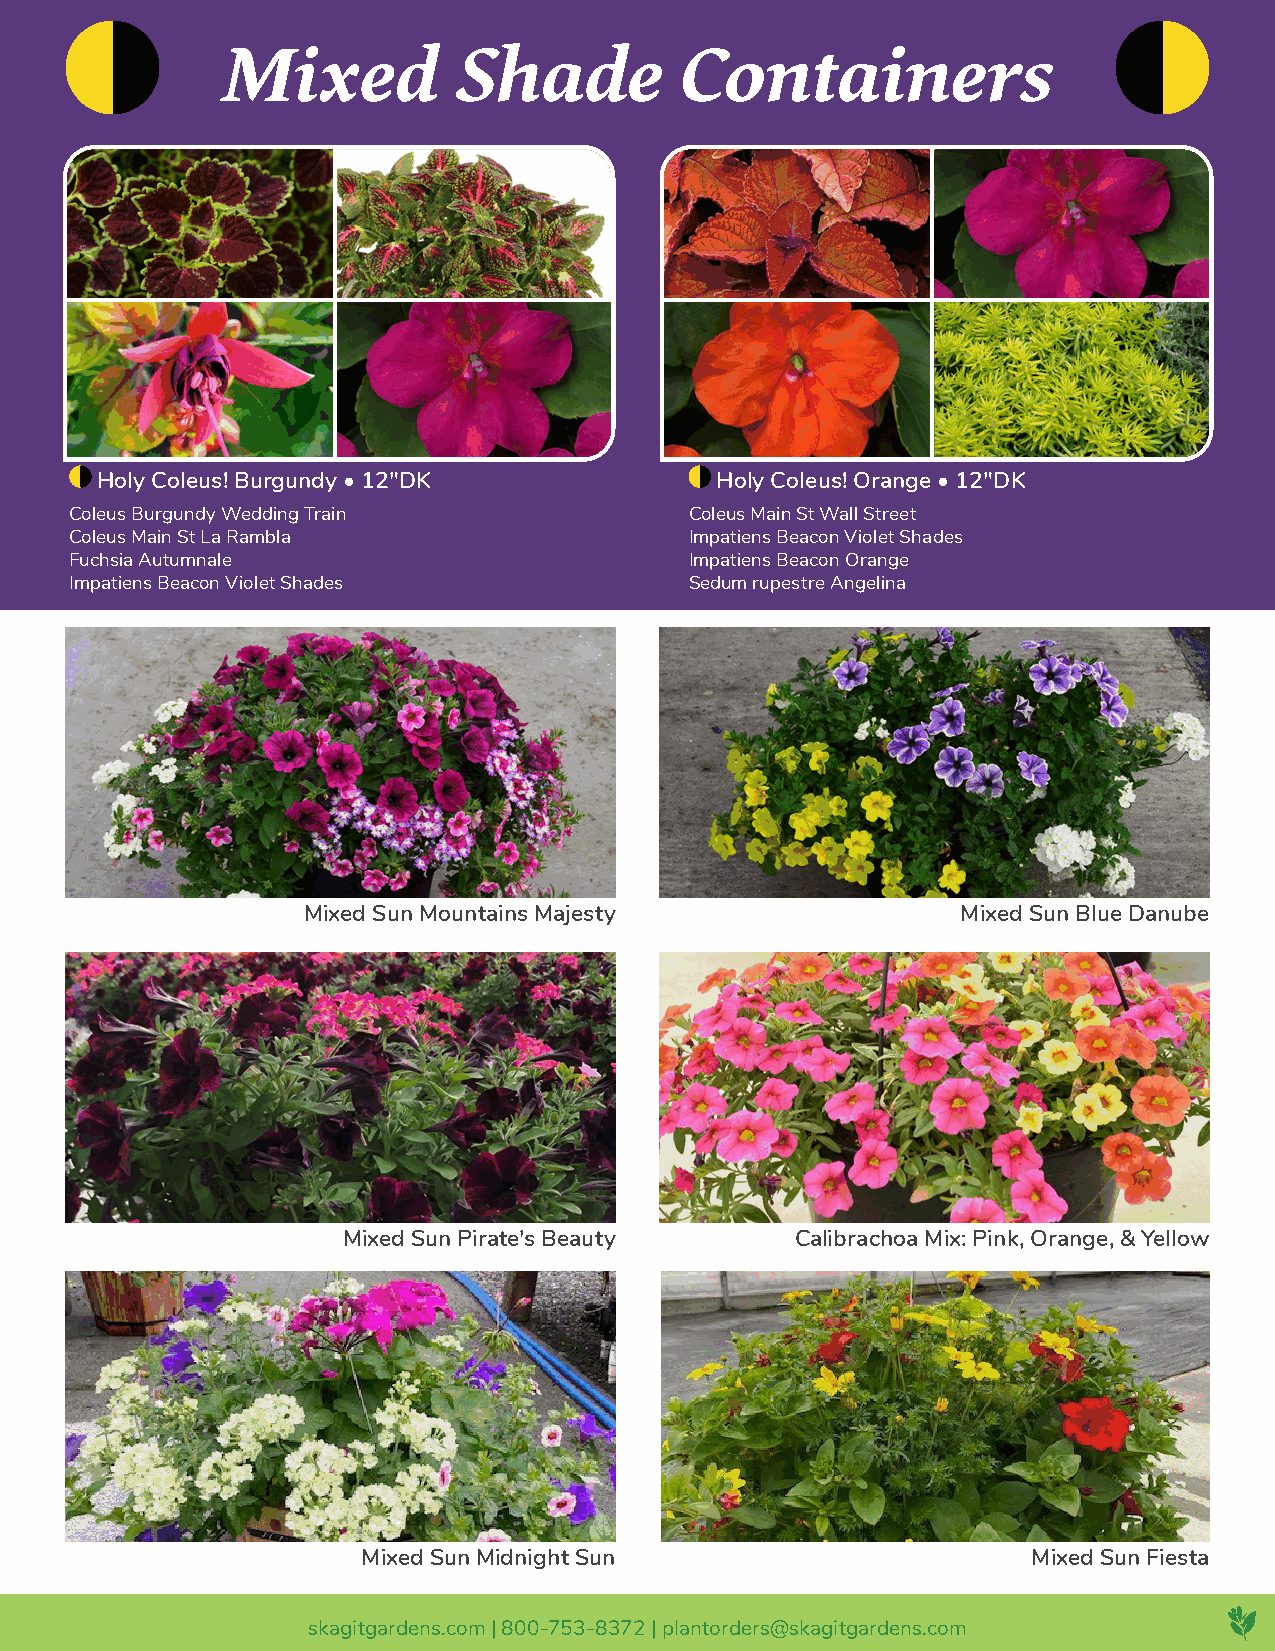
Mixed          Shade          Containers
 Holy Coleus! Burgundy • 12"DK            Holy Coleus! Orange • 12"DK
 Coleus Burgundy Wedding Train            Coleus Main St Wall Street
 Coleus Main St La Rambla                 Impatiens Beacon Violet Shades
 Fuchsia Autumnale                        Impatiens Beacon Orange
 Impatiens Beacon Violet Shades           Sedum rupestre Angelina
 Mixed Sun Mountains Majesty                 Mixed Sun Blue Danube
 Mixed Sun Pirate's Beauty     Calibrachoa Mix: Pink, Orange, & Yellow
 Mixed Sun Midnight Sun                      Mixed Sun Fiesta
 skagitgardens.com | 800-753-8372 | plantorders@skagitgardens.com